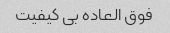
فوق العاده بی کیفیت